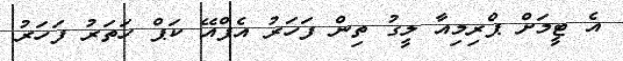
އެ ޓީމަށް ޕްރިމިއާ ލީގު ތިން ފަހަރު އެފްއޭ ކަޕް ހަތަރު ފަހަރު